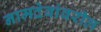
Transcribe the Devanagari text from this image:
नामदेवांवरील